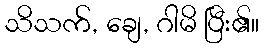
သိသက်, ချေ, ဂါမိ ပြီး၏။